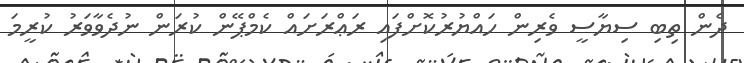
ދެން ތިބި ސިޔާސީ ވެރިން ހައްޔުރުކޮށްފައި ރަޢްރަށައް ކެމްޕޭން ކުރަން ނުދެވާވަރު ކުރީމަ